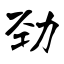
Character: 劲